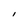
Character: l